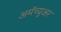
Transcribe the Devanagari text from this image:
अमॅच्युअर